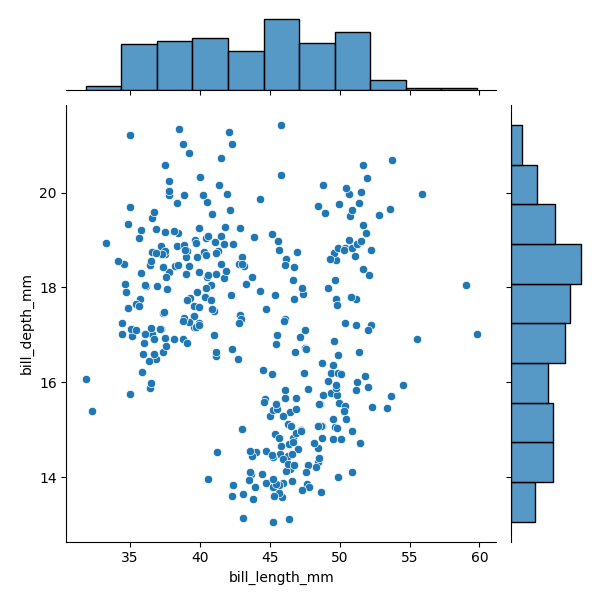
python, seaborn, JointGrid, scatterplot, histplot